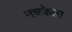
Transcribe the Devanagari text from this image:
नचकेला